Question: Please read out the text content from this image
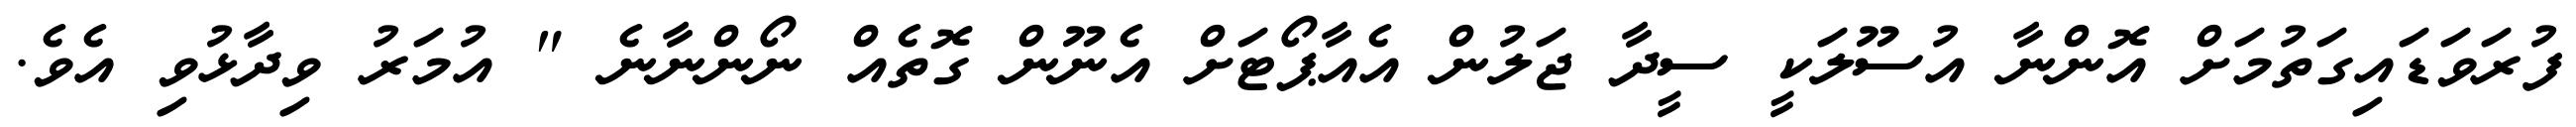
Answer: ފުރަވަޑައިގަތުމަށް އޮންނާ އުސޫލަކީ ސީދާ ޖަލުން އެއާޕޯޓަށް އެނޫން ގޮތެއް ނޯންނާނެ " އުމަރު ވިދާޅުވި އެވެ.